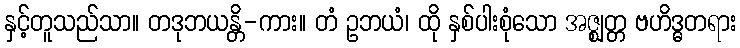
နှင့်တူသည်သာ။ တဒုဘယန္တိ-ကား။ တံ ဥဘယံ၊ ထို နှစ်ပါးစုံသော အဇ္ဈတ္တ ဗဟိဒ္ဓတရား